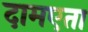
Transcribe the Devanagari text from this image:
दामएता